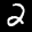
Digit: 2